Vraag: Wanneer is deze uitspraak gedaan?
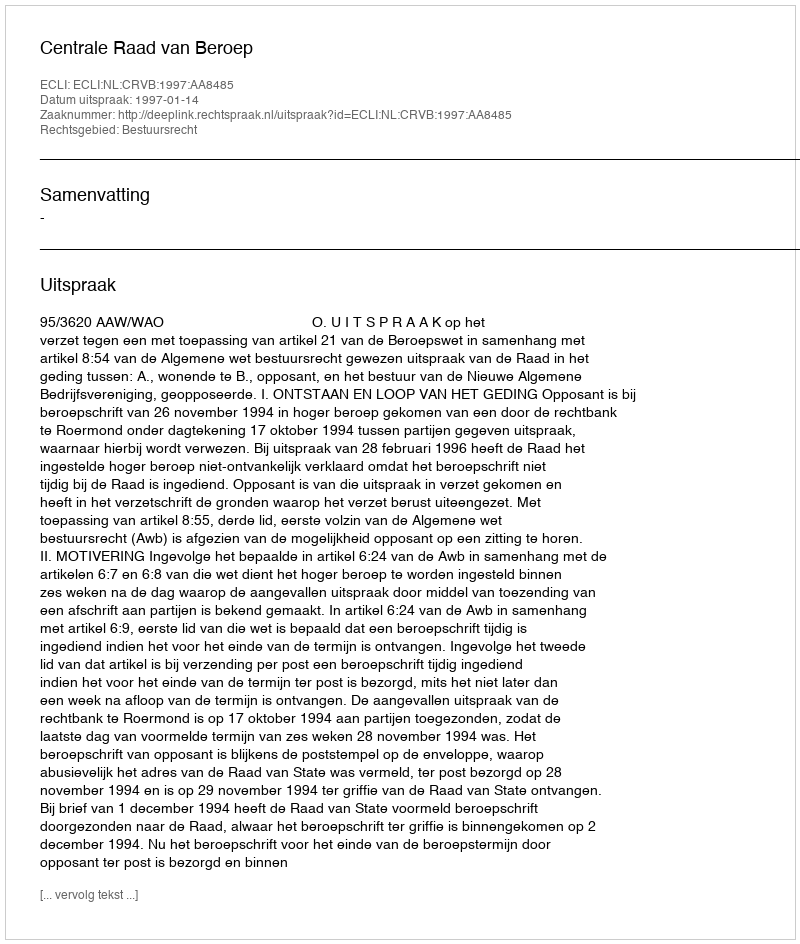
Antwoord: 1997-01-14